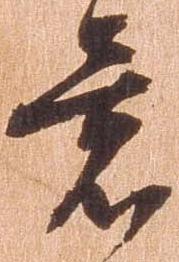
意